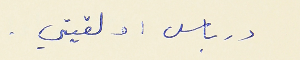
درباس : ولقيتي .